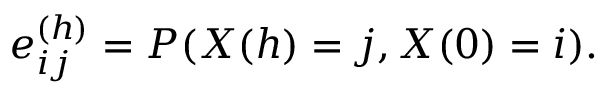
e _ { i j } ^ { ( h ) } = P ( X ( h ) = j , X ( 0 ) = i ) .